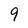
Character: 9